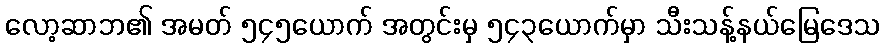
လော့ဆာဘ၏ အမတ် ၅၄၅ယောက် အတွင်းမှ ၅၄၃ယောက်မှာ သီးသန့်နယ်မြေဒေသ